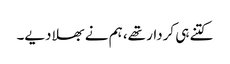
کتنے ہی کردار تھے، ہم نے بھلا دیے۔